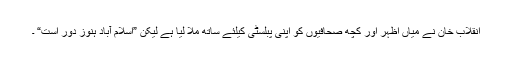
انقلاب خان نے میاں اظہر اور کچھ صحافیوں کو اپنی پبلسٹی کیلئے ساتھ ملا لیا ہے لیکن ”اسلام آباد ہنوز دور است“ ۔